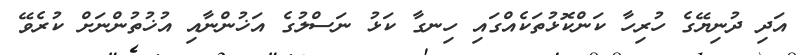
އަދި ދުނިޔޭގެ ހުރިހާ ކަންކޮޅުތަކެއްގައި ހިނގާ ކަޅު ނަސްލުގެ އަޚުންނާއި އުޚުތުންނަށް ކުރެވޭ